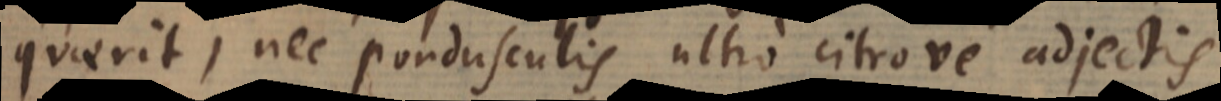
quaerit, nec pondusculis ultro citrove adjectis